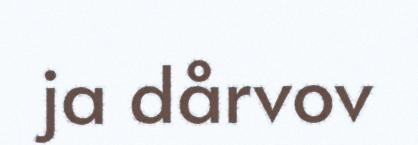
ja dårvov